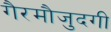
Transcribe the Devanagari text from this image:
गैरमौजुदगी